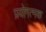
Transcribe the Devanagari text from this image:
प्रयोगत्मक